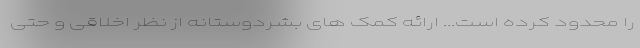
را محدود کرده است... ارائه کمک های بشردوستانه از نظر اخلاقی و حتی